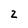
Character: 2